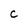
Character: C